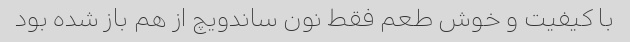
با کیفیت و خوش طعم فقط نون ساندویچ از هم باز شده بود